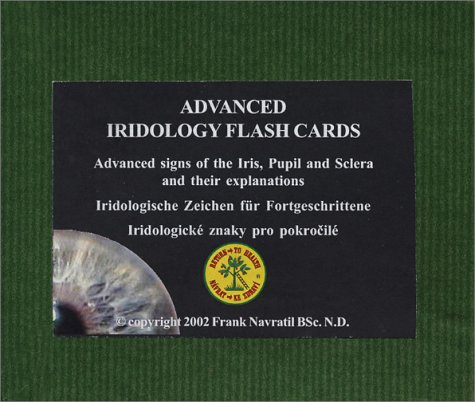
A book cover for Iridology Flashcards Advanced / Tarjetas de IridologÃ­a para Avanzados (English and Spanish Edition); Frank Navratil; Health, Fitness & Dieting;